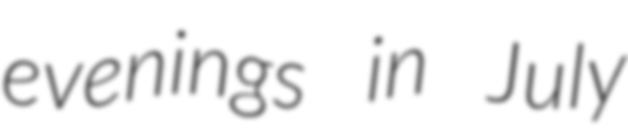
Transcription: evenings in July